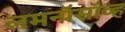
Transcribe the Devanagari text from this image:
लमनॉसॉव्ह